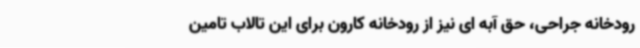
رودخانه جراحی، حق آبه ای نیز از رودخانه کارون برای این تالاب تامین